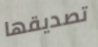
تصديقها